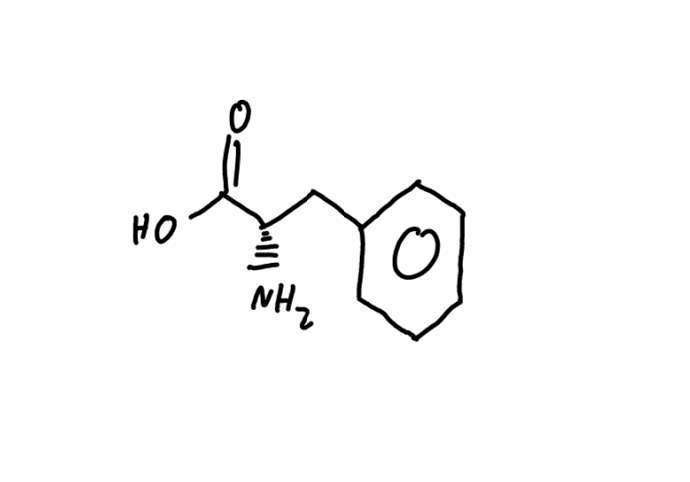
Simplified molecular-input line-entry system (SMILES) notation of the given molecule:
C1=CC=C(C=C1)C[C@@H](C(=O)O)N